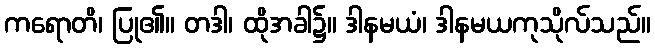
ကရောတိ၊ ပြု၏။ တဒါ၊ ထိုအခါ၌။ ဒါနမယံ၊ ဒါနမယကုသိုလ်သည်။